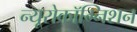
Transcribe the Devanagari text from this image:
न्यूरोकॉग्निशन